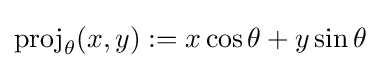
\operatorname {proj} _{\theta }(x,y):=x\cos \theta +y\sin \theta